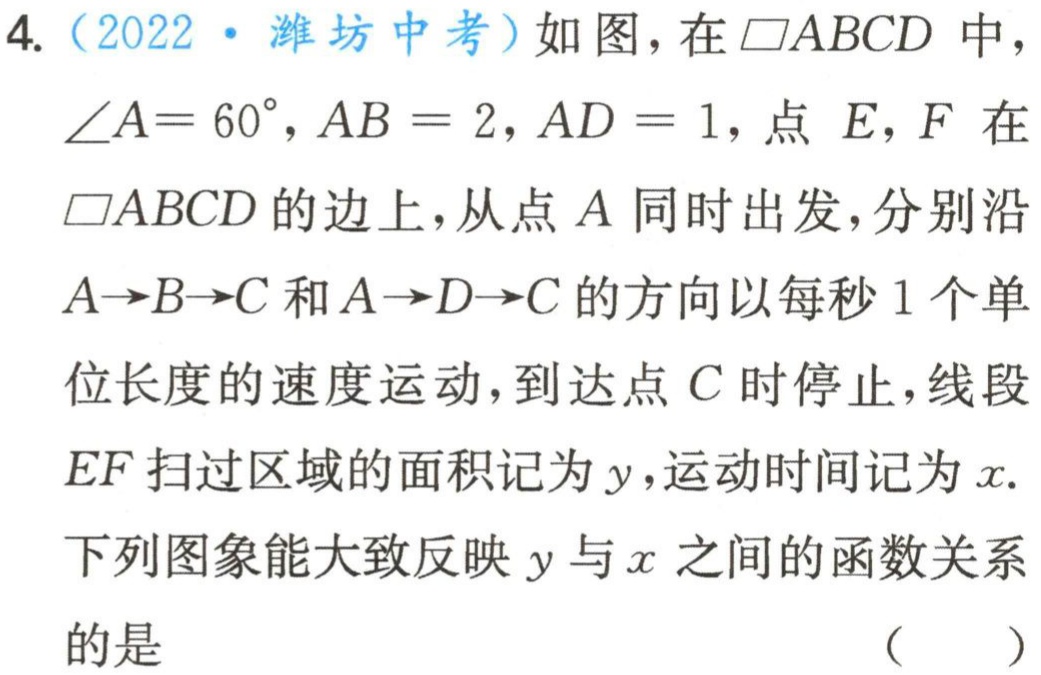
4.（2022·潍坊中考）如图，在$\square ABCD$中，
$\angle A = 60^{\circ},AB = 2,AD = 1$，点$E,F$在
$\square ABCD$的边上，从点$A$同时出发，分别沿
$A\rightarrow B\rightarrow C$和$A\rightarrow D\rightarrow C$的方向以每秒$1$个单
位长度的速度运动，到达点$C$时停止，线段
$EF$扫过区域的面积记为$y$，运动时间记为$x$.
下列图象能大致反映$y$与$x$之间的函数关系
的是 （  ）